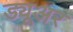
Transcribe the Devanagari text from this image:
ड्यूअर